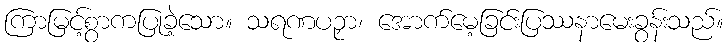
ကြာမြင့်စွာကပြုခဲ့သော။ သရဏပဉှာ၊ အောက်မေ့ခြင်းပြဿနာမေးခွန်းသည်။